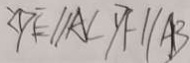
D E / / A C P F / / A B